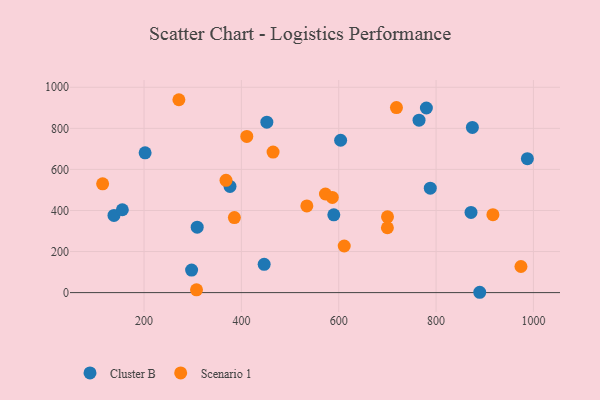
{"axis": {"x": "Study Hours", "y": "Sales"}, "legend": ["Cluster B", "Scenario 1"], "data": [{"x": "780.1", "y": 899.0, "type": "Cluster B"}, {"x": "452.3", "y": 829.9, "type": "Cluster B"}, {"x": "138.2", "y": 376.0, "type": "Cluster B"}, {"x": "603.9", "y": 741.9, "type": "Cluster B"}, {"x": "202.2", "y": 680.9, "type": "Cluster B"}, {"x": "765.0", "y": 839.5, "type": "Cluster B"}, {"x": "309.2", "y": 318.7, "type": "Cluster B"}, {"x": "446.8", "y": 137.5, "type": "Cluster B"}, {"x": "376.6", "y": 517.2, "type": "Cluster B"}, {"x": "297.7", "y": 109.8, "type": "Cluster B"}, {"x": "788.1", "y": 508.8, "type": "Cluster B"}, {"x": "871.8", "y": 390.7, "type": "Cluster B"}, {"x": "889.7", "y": 1.6, "type": "Cluster B"}, {"x": "874.6", "y": 804.3, "type": "Cluster B"}, {"x": "987.6", "y": 652.3, "type": "Cluster B"}, {"x": "155.4", "y": 403.5, "type": "Cluster B"}, {"x": "589.9", "y": 378.9, "type": "Cluster B"}, {"x": "307.8", "y": 13.4, "type": "Scenario 1"}, {"x": "700.2", "y": 369.2, "type": "Scenario 1"}, {"x": "114.9", "y": 529.8, "type": "Scenario 1"}, {"x": "271.6", "y": 939.3, "type": "Scenario 1"}, {"x": "916.8", "y": 379.4, "type": "Scenario 1"}, {"x": "368.4", "y": 546.6, "type": "Scenario 1"}, {"x": "572.7", "y": 480.3, "type": "Scenario 1"}, {"x": "700.0", "y": 315.9, "type": "Scenario 1"}, {"x": "974.4", "y": 127.1, "type": "Scenario 1"}, {"x": "411.1", "y": 760.6, "type": "Scenario 1"}, {"x": "718.6", "y": 901.1, "type": "Scenario 1"}, {"x": "586.8", "y": 463.3, "type": "Scenario 1"}, {"x": "465.1", "y": 684.5, "type": "Scenario 1"}, {"x": "534.5", "y": 421.9, "type": "Scenario 1"}, {"x": "611.3", "y": 226.9, "type": "Scenario 1"}, {"x": "385.6", "y": 365.2, "type": "Scenario 1"}]}